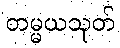
တမ္မယသုတ်